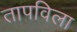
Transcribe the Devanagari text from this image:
तापविला